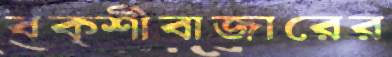
বক্শীবাজারের